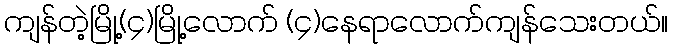
ကျန်တဲ့မြို့(၄)မြို့လောက် (၄)နေရာလောက်ကျန်သေးတယ်။